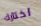
اختارك